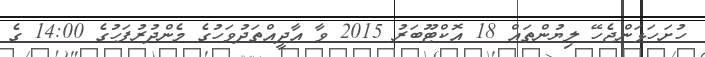
ހުށަހަޅަންޖެހޭ ލިޔުންތައް 18 އޮކްޓޫބަރު 2015 ވާ އާދީއްތަދުވަހުގެ މެންދުރުފަހުގެ 14:00 ގެ